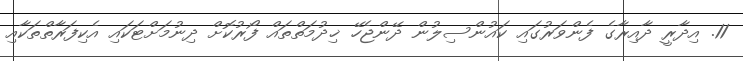
11. އިދާރީ ދާއިރާގެ ފެންވަރުގައި ކައުންސިލުން ދޭންޖެހޭ ޚިދުމަތްތައް ފޯރުކޮށް ދިނުމަށްޓަކައި އެކިފަރާތްތަކާއި